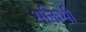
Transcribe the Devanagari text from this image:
भक्तिभी